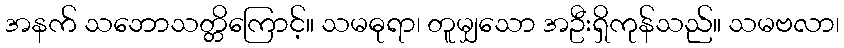
အနက် သဘောသတ္တိကြောင့်။ သမဓုရာ၊ တူမျှသော အဦးရှိကုန်သည်။ သမဗလာ၊